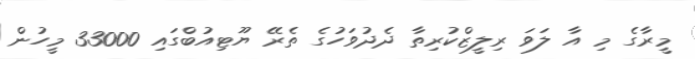
މީރާގެ މި އާ ލަވަ ރިލީޒްކުރިތާ ދެދުވަހުގެ ތެރޭ ޔޫޓިއުބްގައި 33000 މީހުން